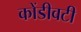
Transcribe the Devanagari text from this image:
कोंडीवटी